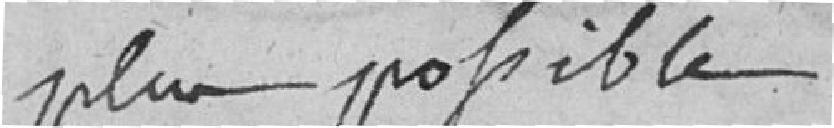
plus possible